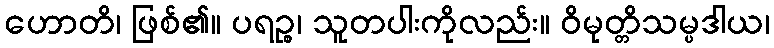
ဟောတိ၊ ဖြစ်၏။ ပရဉ္စ၊ သူတပါးကိုလည်း။ ဝိမုတ္တိသမ္ပဒါယ၊